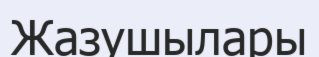
Жазушылары